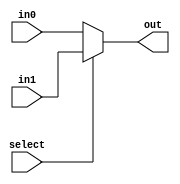
module mux2to1_4bit(out, in0, in1, select);
  output [3:0] out;
  input [3:0] in0;
  input [3:0] in1;
  input select;

  assign out = select ? in1 : in0;


endmodule